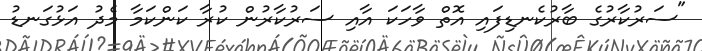
"ސަރުކާރުގެ ބާރުކެނޑިފައި އޮތް ވާހަކަ އާއި ސަރުކާރުން ކުރާ ކަންކަމާ މެދު އަޅުގަނޑު